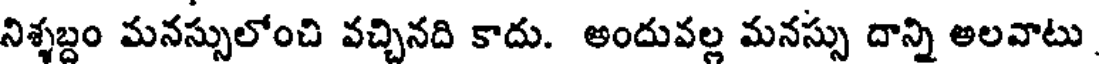
నిశ్శబ్దం మనస్సులోంచి వచ్చినది కాదు. అందువల్ల మనస్సు దాన్ని అలవాటు